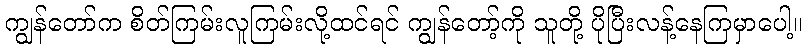
ကျွန်တော်က စိတ်ကြမ်းလူကြမ်းလို့ထင်ရင် ကျွန်တော့်ကို သူတို့ ပိုပြီးလန့်နေကြမှာပေါ့။